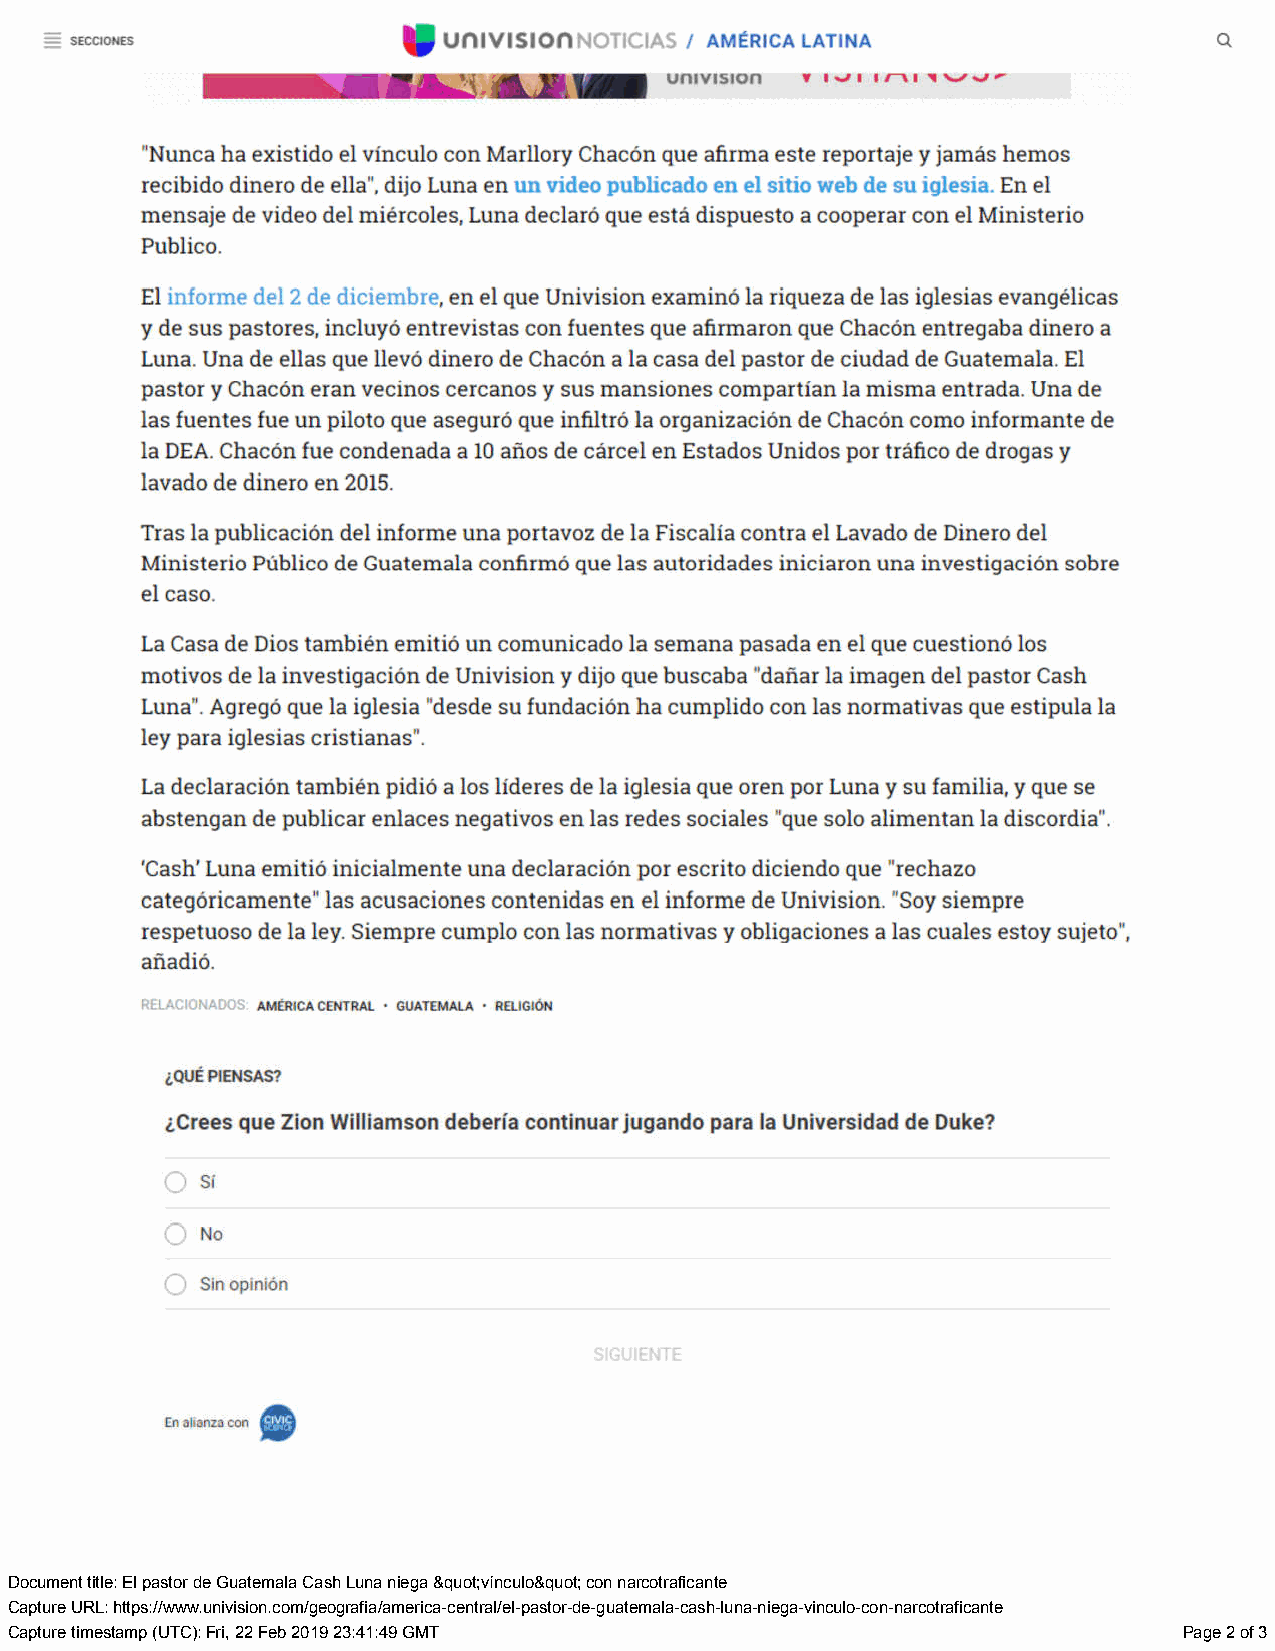
Document title: El pastor de Guatemala Cash Luna niega &quot;vínculo&quot; con narcotraficante
 Capture URL: https://www.univision.com/geografia/america-central/el-pastor-de-guatemala-cash-luna-niega-vinculo-con-narcotraficante
 Capture timestamp (UTC): Fri, 22 Feb 2019 23:41:49 GMT                        Page 2 of 3